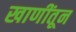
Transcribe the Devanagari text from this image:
खाणींतून